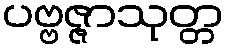
ပဗ္ဗဇ္ဇာသုတ္တ